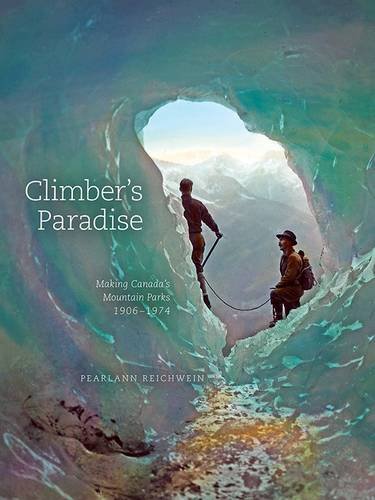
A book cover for Climber's Paradise: Making Canada's Mountain Parks, 1906-1974 (Mountain Cairns: A Series on the History and Culture of the Canadian Rocky Mountains); PearlAnn Reichwein; Travel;